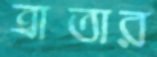
ত্রাতার